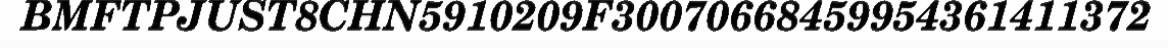
BMFTPJUST8CHN5910209F30070668459954361411372